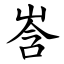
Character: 㟔